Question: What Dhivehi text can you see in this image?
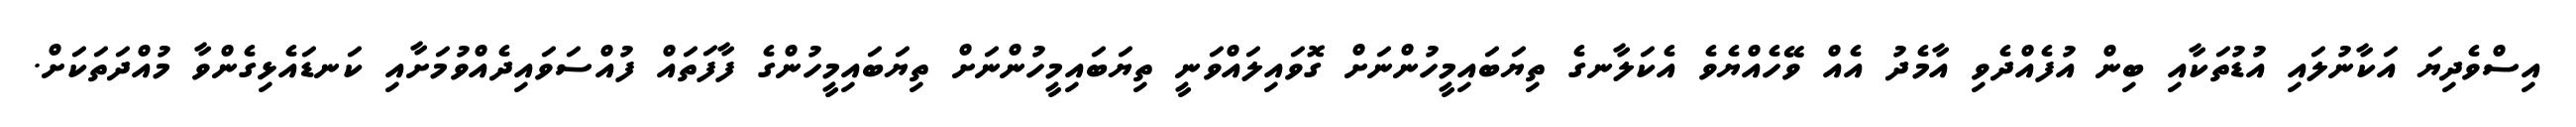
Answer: އިސްވެދިޔަ އަކާނުލައި އުޑުތަކާއި ބިން އުފެއްދެވި އާމެދު އެއް ވޭހެއްޔެވެ އެކަލާނގެ ތިޔަބައިމީހުންނަށް ގޮވައިލައްވަނީ ތިޔަބައިމީހުންނަށް ތިޔަބައިމީހުންގެ ފާފަތައް ފުއްސަވައިދެއްވުމަށާއި ކަނޑައެޅިގެންވާ މުއްދަތަކަށް.